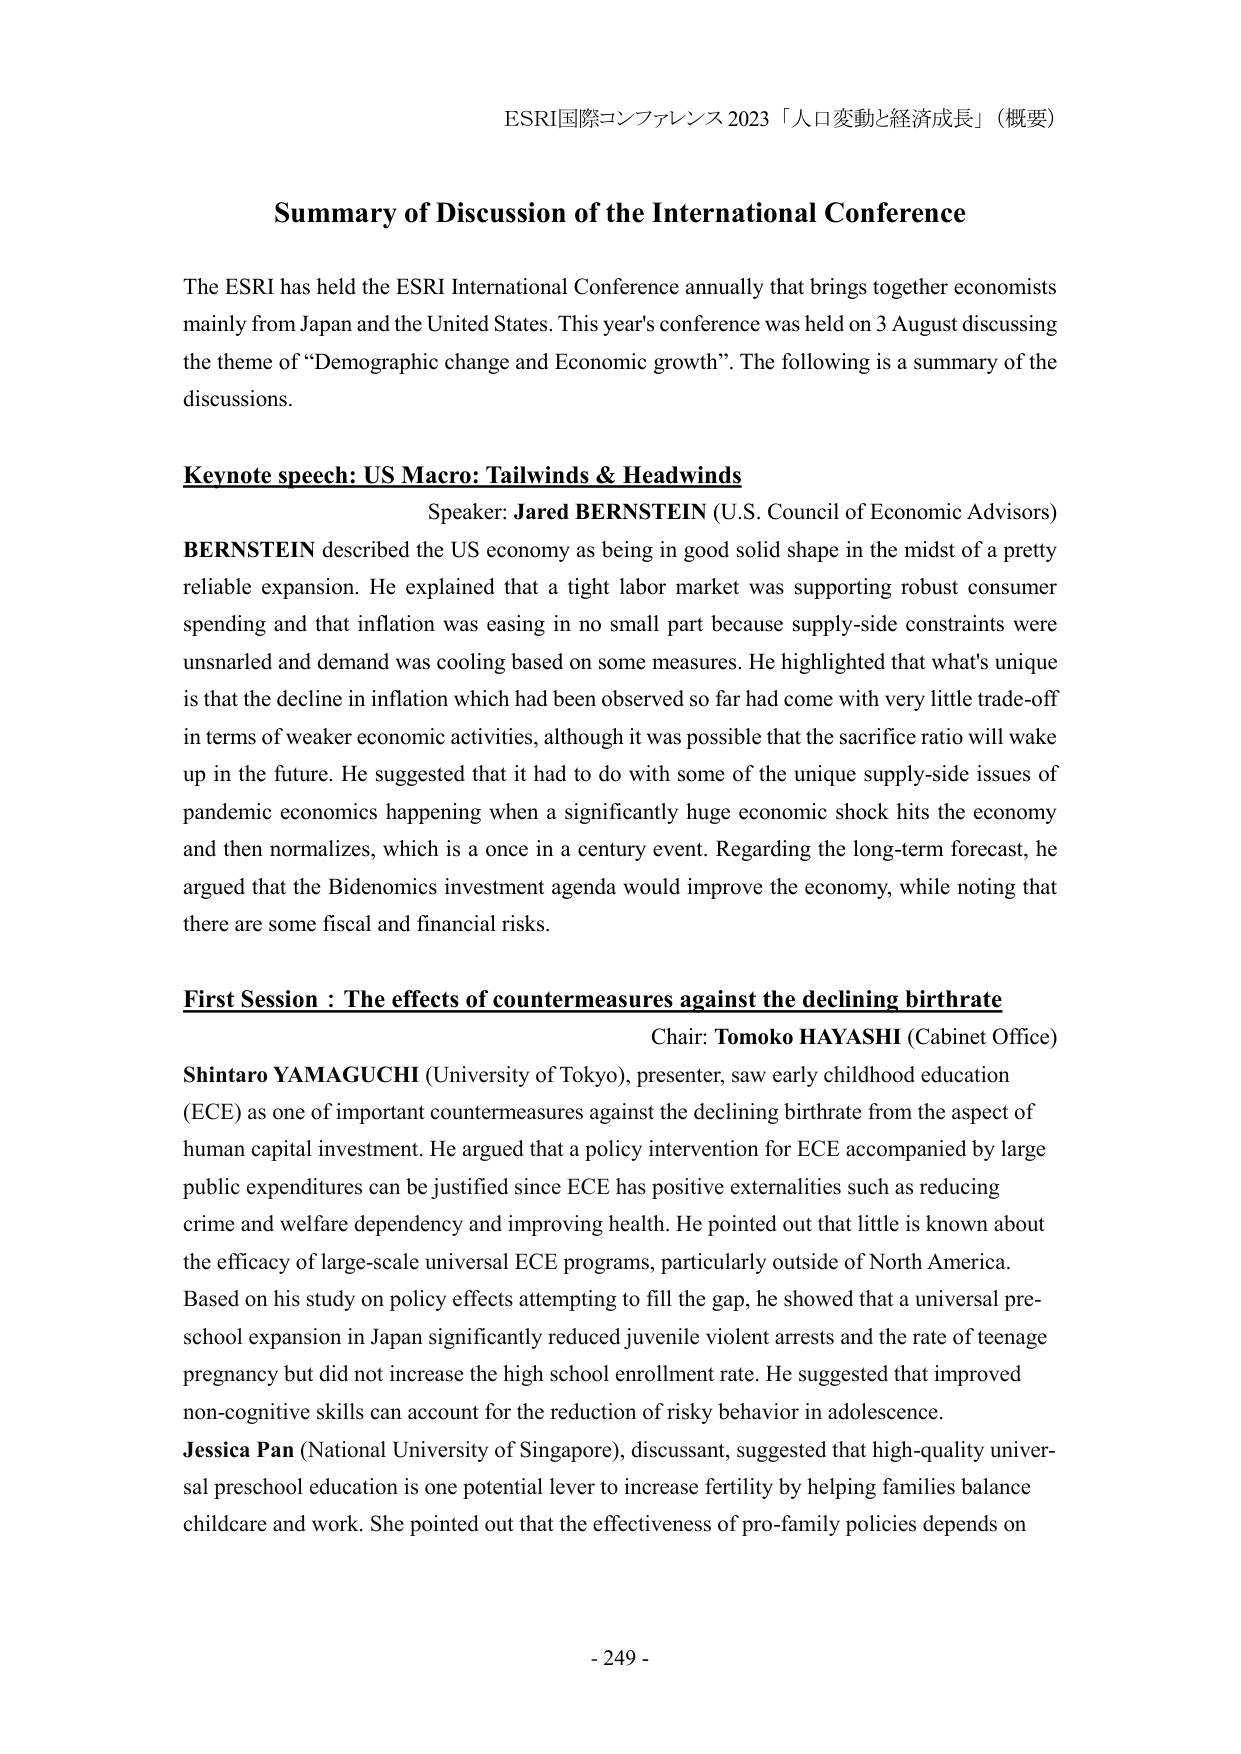
ESRI国際コンファレンス 2023 「人口変動と経済成長」（概要）

Summary of Discussion of the International Conference

The ESRI has held the ESRI International Conference annually that brings together economists mainly from Japan and the United States. This year's conference was held on 3 August discussing the theme of “Demographic change and Economic growth”. The following is a summary of the discussions.

Keynote speech: US Macro: Tailwinds & Headwinds
Speaker: Jared BERNSTEIN (U.S. Council of Economic Advisors)
BERNSTEIN described the US economy as being in good solid shape in the midst of a pretty reliable expansion. He explained that a tight labor market was supporting robust consumer spending and that inflation was easing in no small part because supply-side constraints were unsnarled and demand was cooling based on some measures. He highlighted that what's unique is that the decline in inflation which had been observed so far had come with very little trade-off in terms of weaker economic activities, although it was possible that the sacrifice ratio will wake up in the future. He suggested that it had to do with some of the unique supply-side issues of pandemic economics happening when a significantly huge economic shock hits the economy and then normalizes, which is a once in a century event. Regarding the long-term forecast, he argued that the Bidenomics investment agenda would improve the economy, while noting that there are some fiscal and financial risks.

First Session : The effects of countermeasures against the declining birthrate
Chair: Tomoko HAYASHI (Cabinet Office)
Shintaro YAMAGUCHI (University of Tokyo), presenter, saw early childhood education (ECE) as one of important countermeasures against the declining birthrate from the aspect of human capital investment. He argued that a policy intervention for ECE accompanied by large public expenditures can be justified since ECE has positive externalities such as reducing crime and welfare dependency and improving health. He pointed out that little is known about the efficacy of large-scale universal ECE programs, particularly outside of North America. Based on his study on policy effects attempting to fill the gap, he showed that a universal pre-school expansion in Japan significantly reduced juvenile violent arrests and the rate of teenage pregnancy but did not increase the high school enrollment rate. He suggested that improved non-cognitive skills can account for the reduction of risky behavior in adolescence.
Jessica Pan (National University of Singapore), discussant, suggested that high-quality universal preschool education is one potential lever to increase fertility by helping families balance childcare and work. She pointed out that the effectiveness of pro-family policies depends on

- 249 -